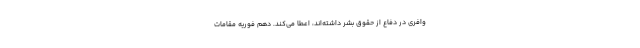
وافری در دفاع از حقوق بشر داشته‌اند، اعطا می‌کند. دهم فوریه مقامات